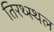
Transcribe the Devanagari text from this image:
तिरथ्स्थल